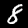
Label: 8